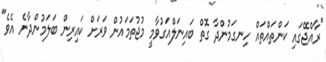
"ރާއްޖޭގައި ކަންތައްތައް ހިނގަމުންދާ ގޮތް ބައިނަލްއަގުވާމީ މުޖުތަމައުން ވަރަށް ކައިރިން ބަލަމުންދާނެ އެވެ"